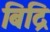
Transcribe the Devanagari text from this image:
बिद्रि